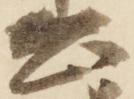
公